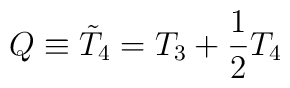
Q\equiv {\tilde{T}}_4=T_3+\frac{1}{2}T_4